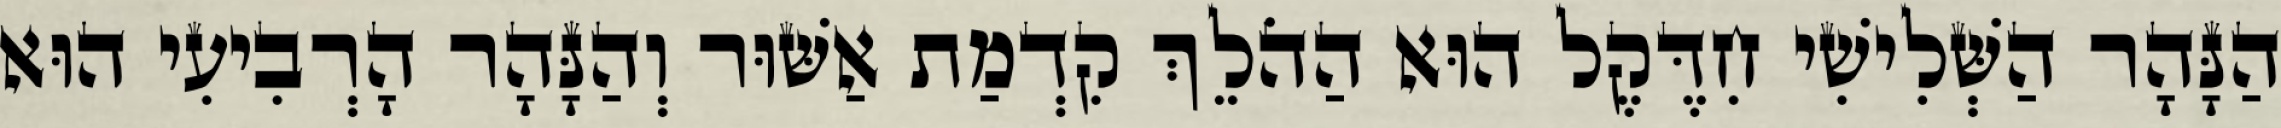
הַנָּהָר הַשְּׁלִישִׁי חִדֶּקֶל הוּא הַהֹלֵךְ קִדְמַת אַשּׁוּר וְהַנָּהָר הָרְבִיעִי הוּא